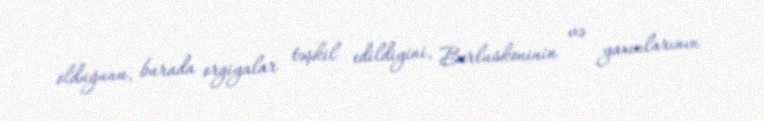
olduğunu, burada orgiyalar təşkil edildiyini, Berluskoninin və yaxınlarının